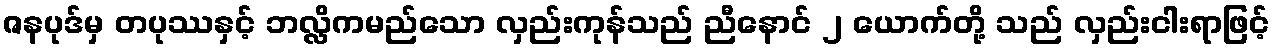
ဇနပုဒ်မှ တပုဿနှင့် ဘလ္လိကမည်သော လှည်းကုန်သည် ညီနောင် ၂ ယောက်တို့ သည် လှည်းငါးရာဖြင့်